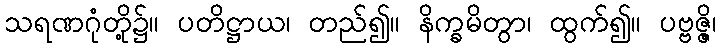
သရဏဂုံတို့၌။ ပတိဋ္ဌာယ၊ တည်၍။ နိက္ခမိတွာ၊ ထွက်၍။ ပဗ္ဗဇ္ဇိ၊